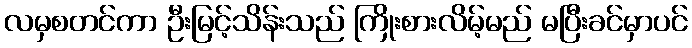
လမှစတင်ကာ ဦးမြင့်သိန်းသည် ကြိုးစားလိမ့်မည် မပြီးခင်မှာပင်